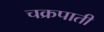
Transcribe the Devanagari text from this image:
चक्रपाती